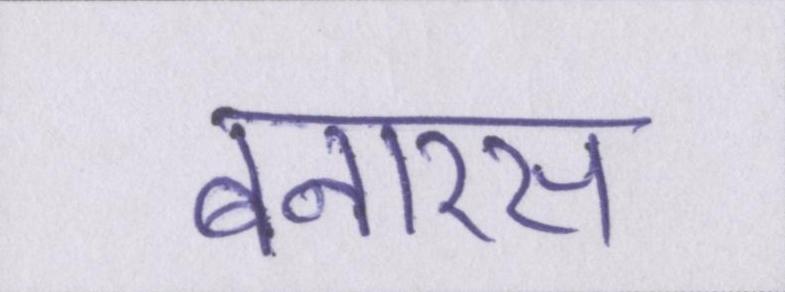
बनारस